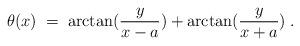
LaTeX: \begin{align*}\theta (x) \;=\; \arctan (\frac{y}{x-a}) + \arctan(\frac{y}{x+a}) \;.\end{align*}